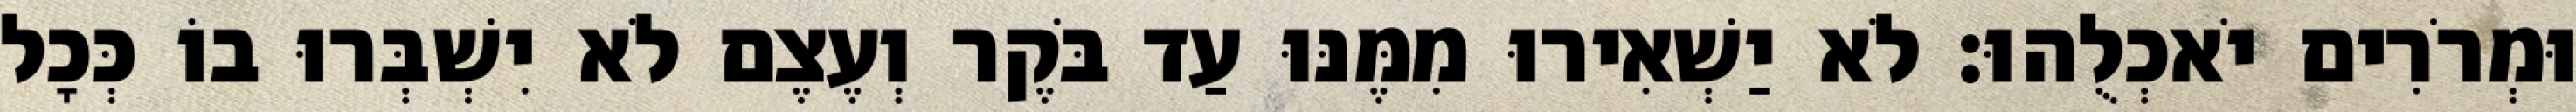
וּמְרֹרִים יֹאכְלֻהוּ׃ לֹא יַשְׁאִירוּ מִמֶּנּוּ עַד בֹּקֶר וְעֶצֶם לֹא יִשְׁבְּרוּ בוֹ כְּכָל